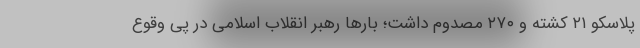
پلاسکو ۲۱ کشته و ۲۷۰ مصدوم داشت؛ بارها رهبر انقلاب اسلامی در پی وقوع